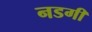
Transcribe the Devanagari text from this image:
नडगी